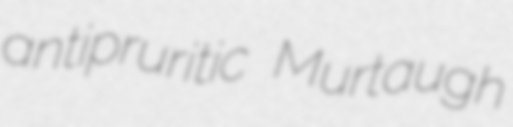
antipruritic Murtaugh